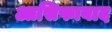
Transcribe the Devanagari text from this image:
आसिफाबाद